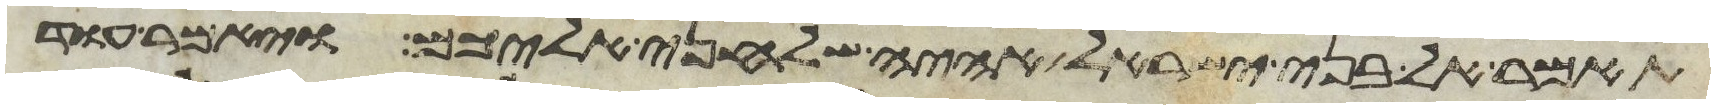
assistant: תאמר אל בני ישראל אהיה שלחני אליכם ויאמר עוד